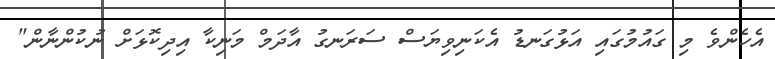
އެހެންވެ މި ގައުމުގައި އަޅުގަނޑު އެކަނިވިޔަސް ސަރަނގު އާދަމް މަނިކާ އިދިކޮޅަށް ނުކުންނާން"